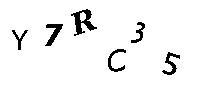
Y7RC35